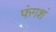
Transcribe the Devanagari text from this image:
फंगशं